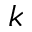
k